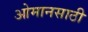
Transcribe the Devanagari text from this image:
ओमानसाठी